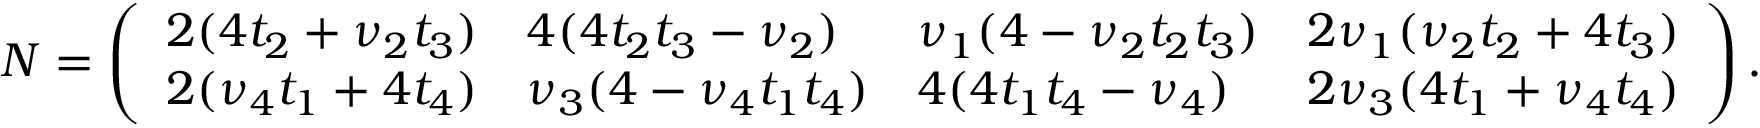
N = \left( \begin{array} { l l l l } { 2 ( 4 t _ { 2 } + \nu _ { 2 } t _ { 3 } ) } & { 4 ( 4 t _ { 2 } t _ { 3 } - \nu _ { 2 } ) } & { \nu _ { 1 } ( 4 - \nu _ { 2 } t _ { 2 } t _ { 3 } ) } & { 2 \nu _ { 1 } ( \nu _ { 2 } t _ { 2 } + 4 t _ { 3 } ) } \\ { 2 ( \nu _ { 4 } t _ { 1 } + 4 t _ { 4 } ) } & { \nu _ { 3 } ( 4 - \nu _ { 4 } t _ { 1 } t _ { 4 } ) } & { 4 ( 4 t _ { 1 } t _ { 4 } - \nu _ { 4 } ) } & { 2 \nu _ { 3 } ( 4 t _ { 1 } + \nu _ { 4 } t _ { 4 } ) } \end{array} \right) .